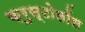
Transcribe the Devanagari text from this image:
क्रुस्टोलॉस